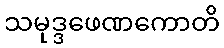
သမုဒ္ဒဖေဏကောတိ